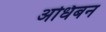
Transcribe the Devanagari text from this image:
अधिबन